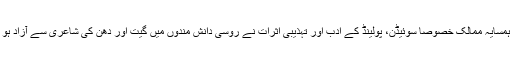
یونانی شاعروں اور نثر کے ترجموں نے ہمسایہ ممالک خصوصاً سوئیڈن، پولینڈ کے ادب اور تہذیبی اثرات نے روسی دانش مندوں میں گیت اور دھن کی شاعری سے آزاد ہو کر نثر لکھنے کی امنگ پیدا کر دی تھی۔